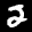
Label: 2